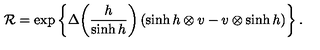
{ \cal R } = \exp \left\{ \Delta \! \left( \frac { h } { \sinh h } \right) ( \sinh h \otimes v - v \otimes \sinh h ) \right\} .